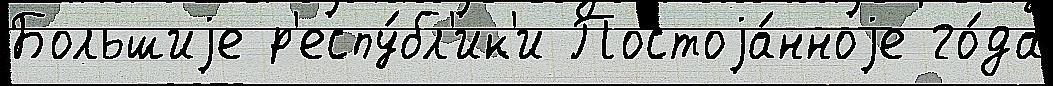
Большиjе р'еспу́бл'ик'и Постоjа́нноjе го́да